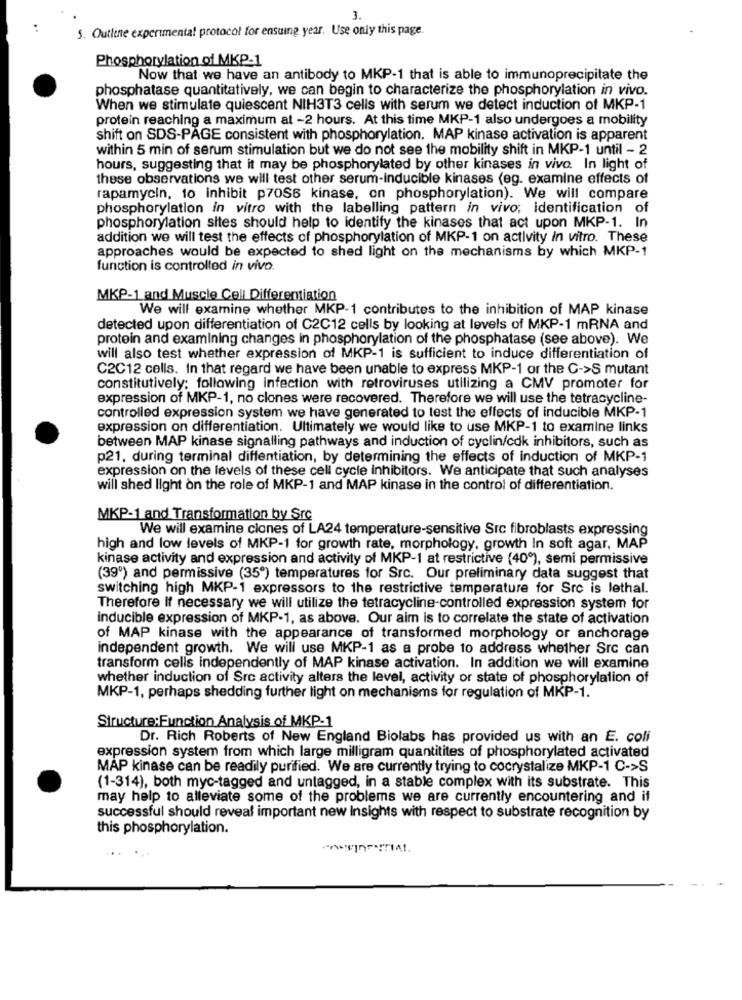
3.
5. Outline experimental protocol for ensuing year. Use only this page.
Phosphorylation of MKP-1
Now that we have an antibody to MKP-1 that is able to immunoprecipitate the
phosphatase quantitatively, we can begin to characterize the phosphorylation in vivo.
When we stimulate quiescent NIH3T3 cells with serum we detect induction of MKP-1
protein reaching a maximum at -2 hours. At this time MKP-1 also undergoes a mobility
shift on SDS-PAGE consistent with phosphorylation. MAP kinase activation is apparent
within 5 min of serum stimulation but we do not see the mobility shift in MKP-1 until - 2
hours, suggesting that it may be phosphorylated by other kinases in vivo. In light of
these observations we will test other serum-inducible kinases (eg. examine effects of
rapamycin, to inhibit p70S6 kinase, on phosphorylation). We will compare
phosphorylation in vitro with the labelling pattern in vivo; identification of
phosphorylation sites should help to identify the kinases that act upon MKP-1. In
addition we will test the effects of phosphorylation of MKP-1 on activity In vitro. These
approaches would be expected to shed light on the mechanisms by which MKP-1
function is controlled in vivo.
MKP-1 and Muscle Cell Differentiation
We will examine whether MKP-1 contributes to the inhibition of MAP kinase
detected upon differentiation of C2C12 cells by looking at levels of MKP-1 mRNA and
protein and examining changes in phosphorylation of the phosphatase (see above). We
will also test whether expression of MKP-1 is sufficient to induce differentiation of
C2C12 cells. In that regard we have been unable to express MKP-1 or the C->S mutant
constitutively: following infection with retroviruses utilizing a CMV promoter for
expression of MKP-1, no clones were recovered. Therefore we will use the tetracycline-
controlled expression system we have generated to test the effects of inducible MKP-1
expression on differentiation. Ultimately we would like to use MKP-1 to examine links
between MAP kinase signalling pathways and induction of cyclin/cdk inhibitors, such as
p21, during terminal diffentiation, by determining the effects of induction of MKP-1
expression on the levels of these cell cycle inhibitors. We anticipate that such analyses
will shed light on the role of MKP-1 and MAP kinase in the control of differentiation.
MKP-1 and Transformation by Src
We will examine clones of LA24 temperature-sensitive Src fibroblasts expressing
high and low levels of MKP-1 for growth rate, morphology, growth In soft agar, MAP
kinase activity and expression and activity of MKP-1 at restrictive (40º), semi permissive
(39') and permissive (35º) temperatures for Src. Our preliminary data suggest that
switching high MKP-1 expressors to the restrictive temperature for Src is lethal.
Therefore If necessary we will utilize the tetracycline-controlled expression system for
inducible expression of MKP-1, as above. Our aim is to correlate the state of activation
of MAP kinase with the appearance of transformed morphology or anchorage
independent growth. We will use MKP-1 as a probe to address whether Src can
transform cells independently of MAP kinase activation. In addition we will examine
whether induction of Src activity alters the level, activity or state of phosphorylation of
MKP-1, perhaps shedding further light on mechanisms for regulation of MKP-1.
Structure:Function Analysis of MKP-1
Dr. Rich Roberts of New England Biolabs has provided us with an E. coli
expression system from which large milligram quantitites of phosphorylated activated
MAP kinase can be readily purified. We are currently trying to cocrystalize MKP-1 C->S
(1-314), both myc-tagged and untagged, in a stable complex with its substrate. This
may help to alleviate some of the problems we are currently encountering and if
successful should reveal important new Insights with respect to substrate recognition by
this phosphorylation.